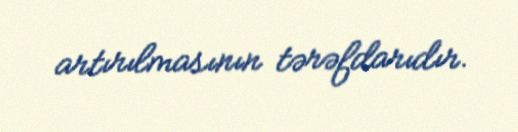
artırılmasının tərəfdarıdır.